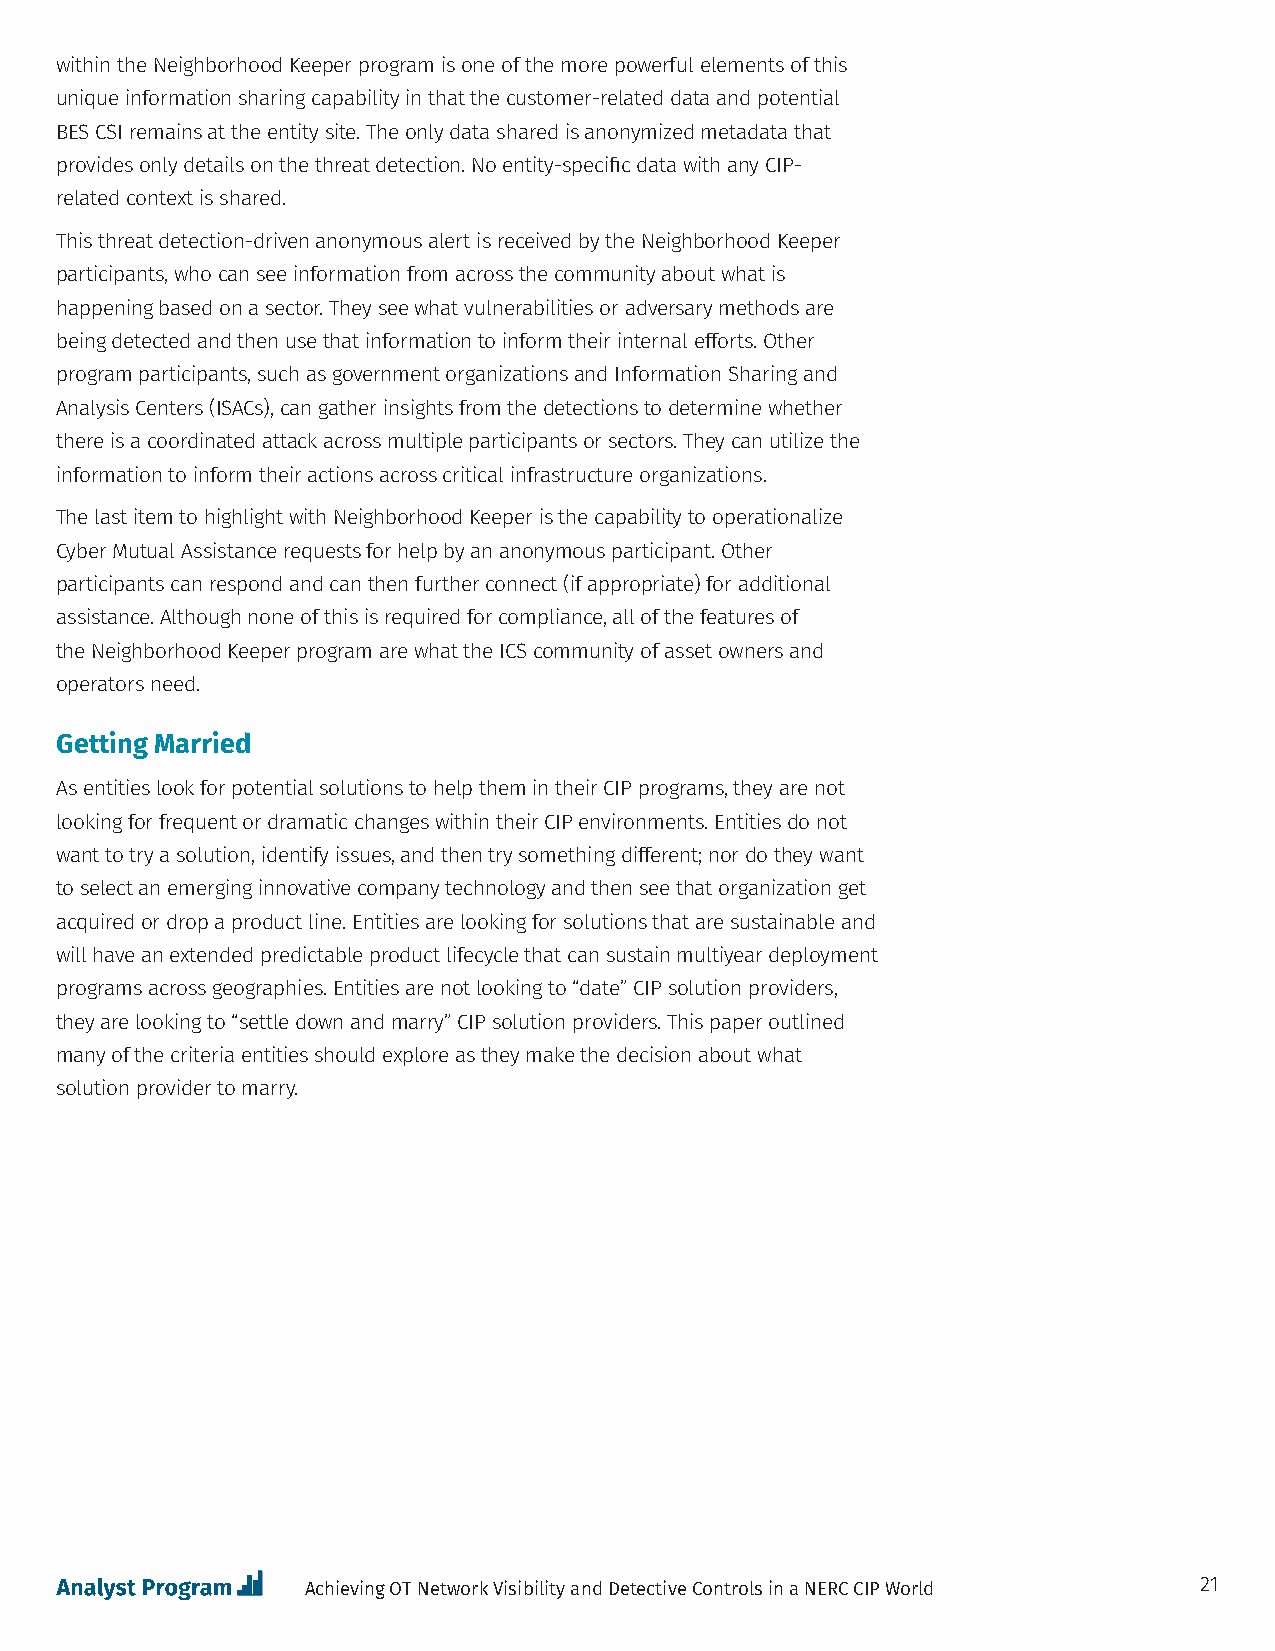
within the Neighborhood Keeper program is one of the more powerful elements of this
 unique information sharing capability in that the customer-related data and potential
 BES CSI remains at the entity site. The only data shared is anonymized metadata that
 provides only details on the threat detection. No entity-specific data with any CIP-
 related context is shared.
 This threat detection-driven anonymous alert is received by the Neighborhood Keeper
 participants, who can see information from across the community about what is
 happening based on a sector. They see what vulnerabilities or adversary methods are
 being detected and then use that information to inform their internal efforts. Other
 program participants, such as government organizations and Information Sharing and
 Analysis Centers (ISACs), can gather insights from the detections to determine whether
 there is a coordinated attack across multiple participants or sectors. They can utilize the
 information to inform their actions across critical infrastructure organizations.
 The last item to highlight with Neighborhood Keeper is the capability to operationalize
 Cyber Mutual Assistance requests for help by an anonymous participant. Other
 participants can respond and can then further connect (if appropriate) for additional
 assistance. Although none of this is required for compliance, all of the features of
 the Neighborhood Keeper program are what the ICS community of asset owners and
 operators need.
 Getting Married
 As entities look for potential solutions to help them in their CIP programs, they are not
 looking for frequent or dramatic changes within their CIP environments. Entities do not
 want to try a solution, identify issues, and then try something different; nor do they want
 to select an emerging innovative company technology and then see that organization get
 acquired or drop a product line. Entities are looking for solutions that are sustainable and
 will have an extended predictable product lifecycle that can sustain multiyear deployment
 programs across geographies. Entities are not looking to “date” CIP solution providers,
 they are looking to “settle down and marry” CIP solution providers. This paper outlined
 many of the criteria entities should explore as they make the decision about what
 solution provider to marry.
 Achieving OT Network Visibility and Detective Controls in a NERC CIP World 21